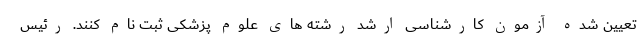
تعیین شده آزمون کارشناسی ارشد رشته های علوم پزشکی ثبت نام کنند. رئیس